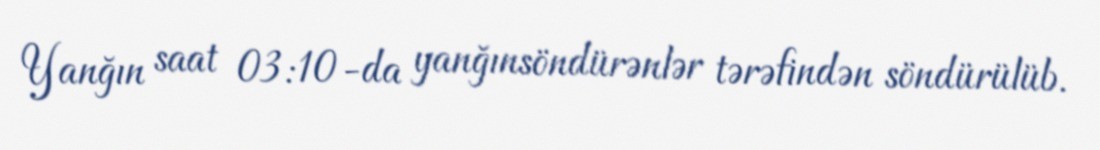
Yanğın saat 03:10-da yanğınsöndürənlər tərəfindən söndürülüb.